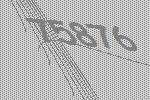
75876